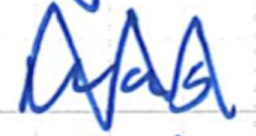
Text: was
Cross-out: mix
Writing tool: ballpoint